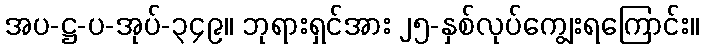
အပ-ဋ္ဌ-ပ-အုပ်-၃၄၉။ ဘုရားရှင်အား ၂၅-နှစ်လုပ်ကျွေးရကြောင်း။